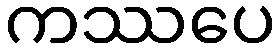
ကဿပေ